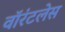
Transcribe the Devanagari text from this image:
वॉरंटलेस